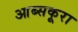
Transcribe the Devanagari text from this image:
आब्सकूरा